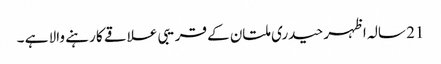
21 سالہ اظہر حیدری ملتان کے قریبی علاقے کا رہنے والا ہے ۔